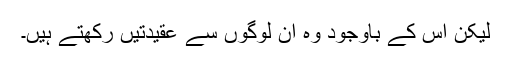
لیکن اس کے باوجود وہ ان لوگوں سے عقیدتیں رکھتے ہیں۔